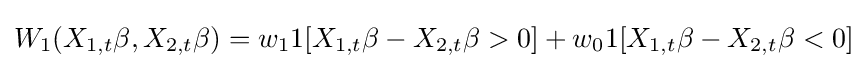
W_{1}(X_{1,t}\beta ,X_{2,t}\beta )=w_{1}1[X_{1,t}\beta -X_{2,t}\beta >0]+w_{0}1[X_{1,t}\beta -X_{2,t}\beta <0]